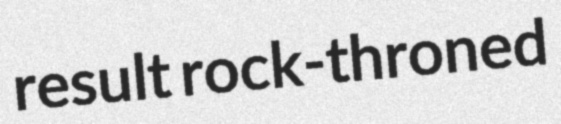
result rock-throned